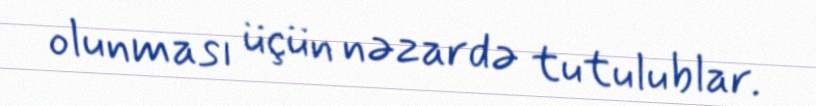
olunması üçün nəzardə tutulublar.